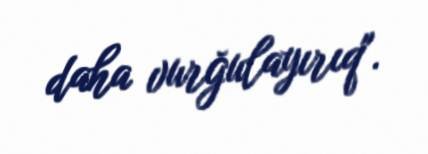
daha vurğulayırıq".